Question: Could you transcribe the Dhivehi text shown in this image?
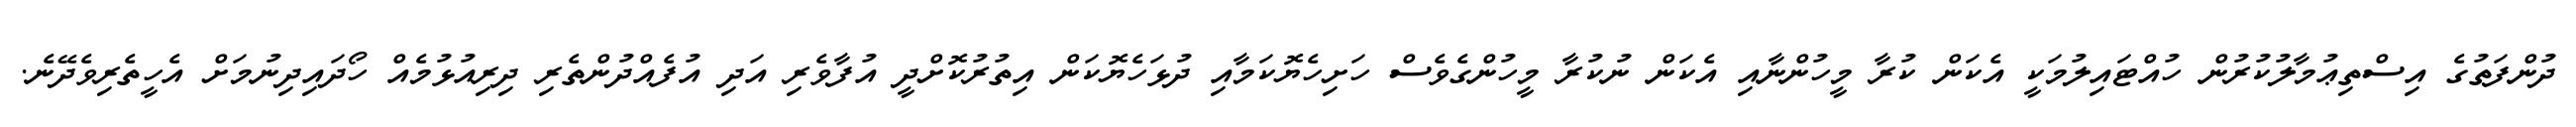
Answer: ދުންފަތުގެ އިސްތިޢުމާލުކުރުން ހުއްޓައިލުމަކީ އެކަން ކުރާ މީހުންނާއި އެކަން ނުކުރާ މީހުންގެވެސް ހަށިހެޔޮކަމާއި ދުޅަހެޔޮކަން އިތުރުކޮށްދީ އުފާވެރި އަދި އުފެއްދުންތެރި ދިރިއުޅުމެއް ހޯދައިދިނުމަށް އެހީތެރިވެދޭނެ.